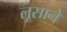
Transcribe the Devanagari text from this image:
लूसाने